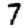
Digit: 7